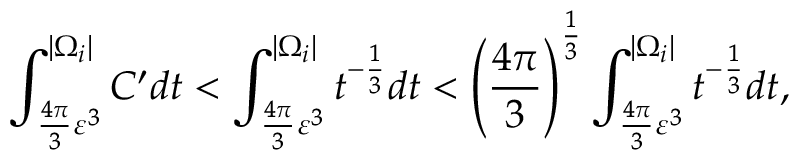
\int _ { \frac { 4 \pi } { 3 } \varepsilon ^ { 3 } } ^ { | \Omega _ { i } | } C ^ { \prime } d t < \int _ { \frac { 4 \pi } { 3 } \varepsilon ^ { 3 } } ^ { | \Omega _ { i } | } t ^ { - \frac { 1 } { 3 } } d t < \left( \frac { 4 \pi } { 3 } \right) ^ { \frac { 1 } { 3 } } \int _ { \frac { 4 \pi } { 3 } \varepsilon ^ { 3 } } ^ { | \Omega _ { i } | } t ^ { - \frac { 1 } { 3 } } d t ,